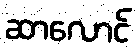
ဆာလောင်